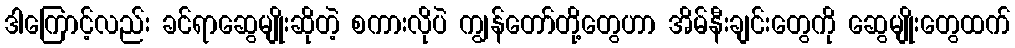
ဒါကြောင့်လည်း ခင်ရာဆွေမျိုးဆိုတဲ့ စကားလိုပဲ ကျွန်တော်တို့တွေဟာ အိမ်နီးချင်းတွေကို ဆွေမျိုးတွေထက်